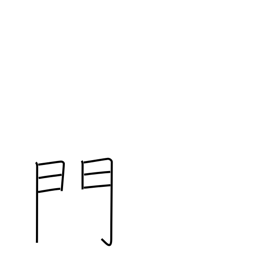
Meaning: gate